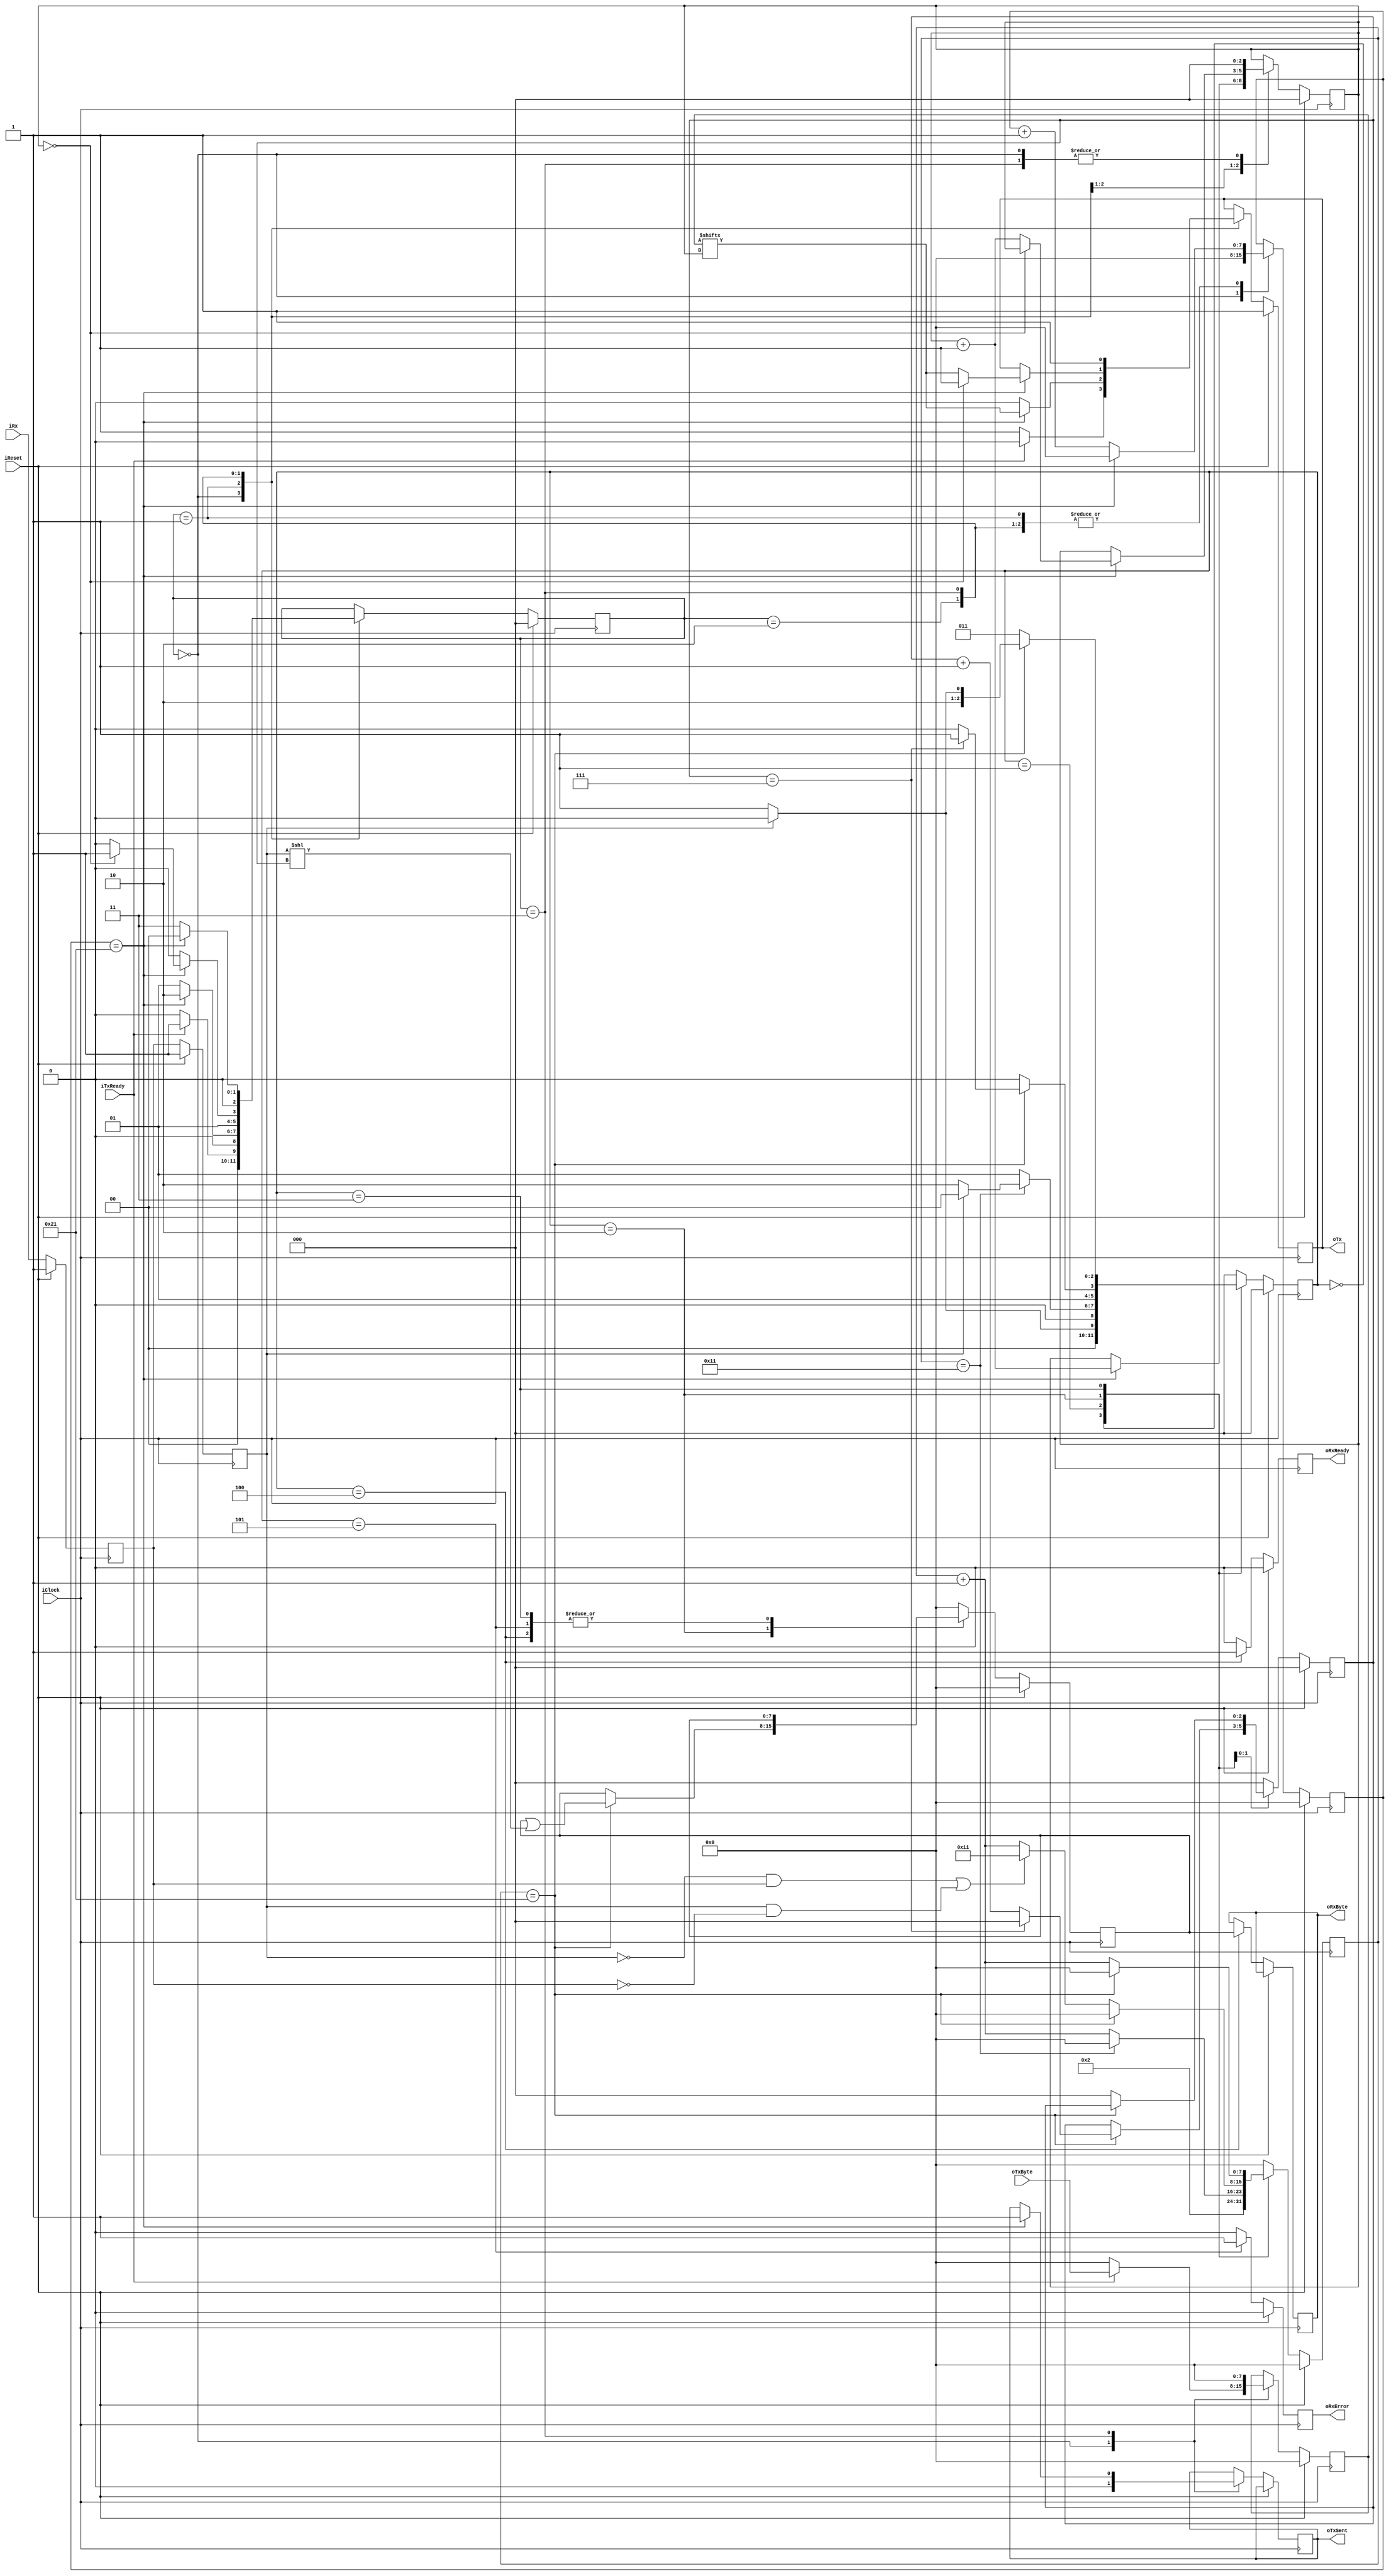
`timescale 1ns / 1ps
//////////////////////////////////////////////////////////////////////////////////
// Company:
// Engineer:
//
// Design Name:
// Module Name:    high_speed_uart
// Project Name:
// Target Devices:
// Tool versions:
// Description:
// Use for baud rates 230400 or greater - tested up to 2MHz
//
// Dependencies:
//
// Revision:
// Revision 0.01 - File Created
// Additional Comments:
//
//////////////////////////////////////////////////////////////////////////////////
module uart_ctrl(
	input iClock,
	input iReset,

	input iRx,
	input [7:0] oTxByte,
	input iTxReady,

	output reg [7:0] oRxByte,
	output reg oRxReady,
	output reg oRxError,
	output reg oTxSent = 1'b0,
	output reg oTx = 1'b1
    );

	parameter CLOCK_RATE = 32000000; //32MHz
	parameter BAUD_RATE = 921600; //Bit rate to receive at
	//Calculate the divider to get sample clock of <SAMPLE_COUNT> * BAUD RATE * 4 (to get a correct Divider)
	parameter SAMPLE_COUNT = CLOCK_RATE / BAUD_RATE;
	parameter BITS_SAMPLE = 8; //Number of bits to support sample count

	//State machine
	parameter IDLE = 3'b000;
	parameter START = 3'b001;
	parameter BUSY = 3'b010;
	parameter STOP = 3'b011;
	parameter READ = 3'b100;
	parameter FRAME_ERR = 3'b101;


  reg [7:0] rRxByte = 8'h00;
	reg [BITS_SAMPLE-1:0] clk_divide_tx;

	reg sample_clk;  //Use DCM and counter to divide 32MHz / (38400 * 16 * 4) = 13
	reg sample_locked; //Set when sample clock locked

	reg [2:0] bit_counter; //Number of bits received
	reg [BITS_SAMPLE-1:0] sample_counter; //Clock counter to determine sample count

	reg [2:0] rx_state = IDLE;

	reg rx_1 = 1'b1; //Output of first stage sync
	reg rx_bit = 1'b1; //Synced iRx
	wire rx_edge; //Flag change of iRx to adjust timer

	reg [2:0] tx_state = IDLE;
	reg tx_ready_held;
	reg [7:0] tx_copy;
	reg [2:0] tx_bit_counter; //Number of bits sent
	reg [BITS_SAMPLE-1:0] tx_counter; //Bit Timer for oTx

	assign rx_edge = (~rx_bit & rx_1) | (rx_bit & ~rx_1);

/*
   // DCM_SP: Digital Clock Manager
   //         Spartan-6
   // Xilinx HDL Language Template, version 14.7

   DCM_SP #(
      .CLKDV_DIVIDE(DIVIDER),                   // CLKDV divide value
      .CLKIN_PERIOD(31.25),                  // Input clock period specified in nS
      .CLK_FEEDBACK("1X")                  // Feedback source (NONE, 1X, 2X)
   )
   DCM_SP1 (
		.CLK0(clk1),
      .CLKIN(clk),       // 1-bit input: Clock input
      .CLKFB(clk1),       // 1-bit input: Clock feedback input
      .RST(rst),            // 1-bit input: Active high reset input
      .PSEN(psen),         // 1-bit input: Phase shift enable
      .CLKDV(clk_inter)       // 1-bit output: Divided clock output
   );
   // End of DCM_SP_inst instantiation

	assign psen = 1'b0;
*/

/*
	divider sample_clk_gen #(.DIVIDE(DIVIDER),.DIVIDE_BITS(BITS_DIVIDER), .CLEAR_COUNT(1)) (
    .enable(enable),
    .clk(clk),
    .rst(rst),
    .out1(sample_clk)
    );
*/

	//Sync the iRx bit
	always @(posedge iClock)
	begin
			if (iReset)
			 begin
				rx_1 <= 1'b1;
				rx_bit <= 1'b1;
			 end
			else
			 begin
				rx_1 <= iRx;
				rx_bit <= rx_1;
			 end
	end //always

	//iRx block
	always @(posedge iClock)
	begin
		if (iReset)
		 begin
			rx_state <= IDLE;
			rRxByte <= 8'b0;
			oRxReady <= 0;
			oRxError <= 0;
			bit_counter <= 0;
			sample_counter <= 0;
		 end
		else
		 begin
			case (rx_state)
				IDLE: begin
					//Check if start bit
					bit_counter <= 0;
					sample_counter <= 2; //By the time we start counting the start bit we have missed two
					oRxReady <= 0;
					oRxError <= 0;
					rRxByte <= 8'b0;
					if (~rx_bit)
					 begin
						rx_state <= START;
					 end
					else
					 begin
						rx_state <= IDLE;
					 end
				 end
				START: begin
					bit_counter <= 0;
					oRxReady <= 0;
					oRxError <= 0;
					rRxByte <= 8'b0;
					if (sample_counter == SAMPLE_COUNT/2)
					 begin
						//Half a bit sample offset - check start bit still low
						sample_counter <= 0;
						if (!rx_bit)
						 begin
							rx_state <= BUSY;
						 end
						else
						 begin
							rx_state <= IDLE; //False alarm
						 end
					 end
					else
					 begin
						sample_counter <= sample_counter + 1'b1;
						rx_state <= START;
					 end
				 end //START
				BUSY: begin
					oRxReady <= 0;
					oRxError <= 0;
					if (sample_counter == SAMPLE_COUNT - 1)
					 begin
						//Read in next bit (mask with what we already have)
						rRxByte <= rRxByte | (rx_bit << bit_counter);
						sample_counter <= 0;
						if (bit_counter == 3'b111)
						 begin
							//Completed the byte - check stop bit
							bit_counter <= 0;
							rx_state <= STOP;
						 end
						else
						 begin
							bit_counter <= bit_counter + 1'b1;
							rx_state <= BUSY;
						 end
					 end
					else
					 begin
						rRxByte <= rRxByte;
						rx_state <= BUSY;
						bit_counter <= bit_counter;
						if (rx_edge)
						 begin
							//Adjust sample count at iRx edges
							sample_counter <= SAMPLE_COUNT / 2;
						 end
						else
						 begin
							sample_counter <= sample_counter + 1'b1;
						 end
					 end
				 end //BUSY
				STOP: begin
					oRxReady <= 0;
					oRxError <= 0;
					if (sample_counter == SAMPLE_COUNT - 1)
					 begin
						sample_counter <= 0;
						if (rx_bit == 1'b1)
							rx_state <= READ;
						else if (rx_bit == 1'b0)
							rx_state <= FRAME_ERR;
						else
							rx_state <= STOP;
					 end
					else
					 begin
						sample_counter <= sample_counter + 1'b1;
						rx_state <= STOP;
						rRxByte <= rRxByte;
						bit_counter <= 0;
					 end
					end //STOP
				READ: begin
						oRxError <= 0;
						sample_counter <= 0;
						oRxReady <= 1;
						rx_state <= IDLE;
						bit_counter <= 0;
						rRxByte <= rRxByte;
						oRxByte <= rRxByte;
					end //READ
				FRAME_ERR: begin
						sample_counter <= 0;
						oRxError <= 1;
						oRxReady <= 0;
						rx_state <= IDLE;
						bit_counter <= 0;
						rRxByte <= rRxByte;
					end //FRAME_ERR
				default: begin
						rx_state <= IDLE;
						rRxByte <= 8'b0;
						oRxReady <= 0;
						oRxError <= 0;
						bit_counter <= 0;
						sample_counter <= 0;
					end
			endcase
		 end //not iReset
		end //always

	//tx block
	//Hold the iTxReady line high for one sample_clk period
	/*
	always @(posedge clk)
  	 begin
		if (rst)
		 begin
			clk_divide_tx <= 0;
			tx_ready_held <= 1'b0;
		 end
		else
		 begin
			if (iTxReady)
			 begin
				clk_divide_tx <= 0;
				tx_ready_held <= 1'b1;
			 end
			else
			 begin
				if (tx_ready_held)
				 begin
					if (clk_divide_tx == SAMPLE_COUNT)
					 begin
						clk_divide_tx <= 0;
						tx_ready_held <= 0;
					 end
					else
					 begin
						clk_divide_tx <= clk_divide_tx + 1'b1;
						tx_ready_held <= 1'b1;
					 end
				 end
				else
				 begin
					clk_divide_tx <= 0;
					tx_ready_held <= 1'b0;
				 end
			 end
		 end
	 end
*/
	//TX the byte
	always @(posedge iClock)
	 begin
		if (iReset)
		 begin
			tx_state <= IDLE;
			tx_copy <= 0;
			oTx <= 1'b1;
			tx_counter <= 0;
			tx_bit_counter <= 0;
		 end
		else
		 begin
			case (tx_state)
				IDLE: begin
					tx_counter <= 0;
					tx_bit_counter <= 0;
					oTxSent <= 1'b0;
					if (iTxReady)
					 begin
						tx_copy <= oTxByte;
						oTx <= 1'b0; //Set start bit
						tx_state <= START;
						end
					else
					 begin
						tx_state <= IDLE;
						oTx <= 1'b1;
						tx_copy <= 0;
					 end
					end
				START: begin
					if (tx_counter == SAMPLE_COUNT - 1)
					 begin //set the first bit
						oTx <= tx_copy[tx_bit_counter];
						tx_bit_counter <= tx_bit_counter + 1'b1; //Set bit counter to point to next bit
 						tx_counter <= 0;
						tx_state <= BUSY;
						tx_copy <= tx_copy;
					 end
					else
					 begin
						tx_counter <= tx_counter + 1'b1;
						tx_state <= START;
						tx_bit_counter <= tx_bit_counter;
						tx_copy <= tx_copy;
						oTx <= 1'b0;
					 end
					end
				BUSY: begin
					tx_copy <= tx_copy;
					if (tx_counter == SAMPLE_COUNT - 1)
					 begin
						tx_counter <= 0;
						if (tx_bit_counter == 0)
						 begin //Sent all 8 bits
							tx_state <= STOP;
							oTx <= 1'b1;
							tx_bit_counter <= tx_bit_counter;
						 end
						else
						 begin //Send the next bit
							oTx <= tx_copy[tx_bit_counter];
							tx_state <= BUSY;
							tx_bit_counter <= tx_bit_counter + 1'b1;
						 end
					 end //counter == SAMPLE_COUNT - 1
					else
					 begin
						oTx <= oTx;
						tx_counter <= tx_counter + 1'b1;
						tx_bit_counter <= tx_bit_counter;
						tx_state <= BUSY;
					 end
					end //BUSY
				STOP: begin
					tx_copy <= 0;
					tx_bit_counter <= 0;
					oTx <= 1'b1;
					if (tx_counter == SAMPLE_COUNT - 1)
					 begin
						tx_counter <= 0;
						oTxSent <= 1'b1;
						tx_state <= IDLE; //Done
					 end
					else
					 begin
						tx_state <= STOP;
						tx_counter <= tx_counter + 1'b1;
					 end
				 end
			endcase
		 end //if
	 end //always

endmodule